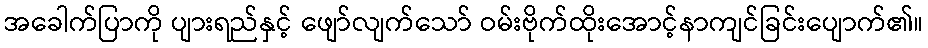
အခေါက်ပြာကို ပျားရည်နှင့် ဖျော်လျက်သော် ဝမ်းဗိုက်ထိုးအောင့်နာကျင်ခြင်းပျောက်၏။